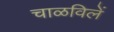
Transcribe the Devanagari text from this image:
चाळविलें